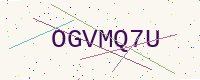
Text: OGVMQ7U